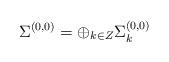
LaTeX: \begin{align*}\Sigma ^{(0,0)}=\oplus_{k\in Z}\Sigma ^{(0,0)}_{k}\end{align*}